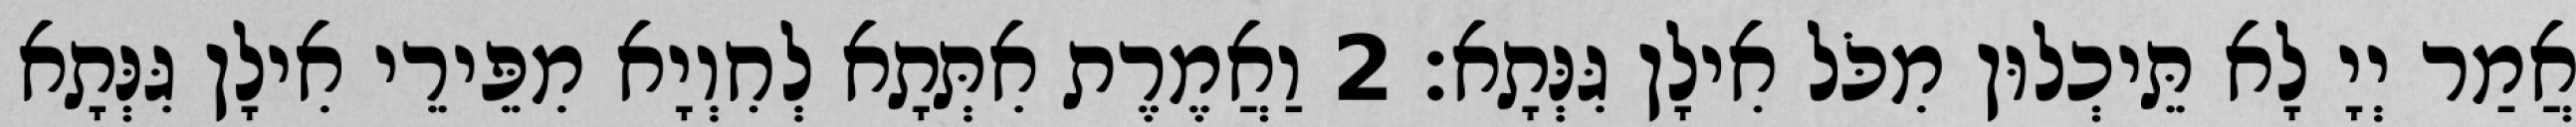
אֲמַר יְיָ לָא תֵּיכְלוּן מִכֹּל אִילָן גִּנְּתָא׃ 2 וַאֲמֶרֶת אִתְּתָא לְחִוְיָא מִפֵּירֵי אִילָן גִּנְּתָא